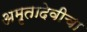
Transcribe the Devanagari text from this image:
अमृतादेवीचा